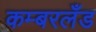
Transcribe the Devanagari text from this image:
कम्बरलँड